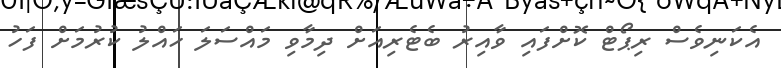
އެކަނިވެސް ރިޕޯޓް ކޮށްފައި ވާއިރު ބެޓެރިއަށް ދިމާވި މައްސަލަ ހައްލު ކުރުމަށް ފަހު